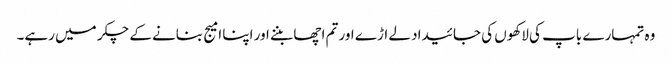
وہ تمہارے باپ کی لاکھوں کی جائیداد لے اڑے اور تم اچھا بننے اور اپنا امیج بنانے کے چکر میں رہے۔